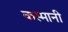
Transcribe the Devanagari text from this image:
कस्मानी